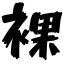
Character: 裸